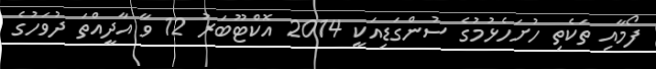
ފޯމާއި ތަކެތި ހުށަހެޅުމުގެ ސުންގަޑިއަކީ 2014 އޮކްޓޫބަރު 12 ވާ އާދީއްތަ ދުވަހުގެ